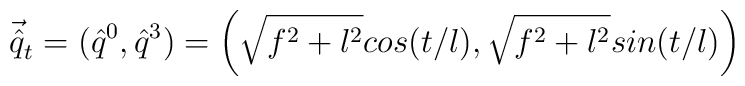
\vec{\hat{q}}_t = ( \hat{q}^0, \hat{q}^3) = \left( \sqrt{f^2 +l^2} cos(t/l),\sqrt{f^2 + l^2} sin(t/l) \right)